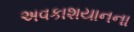
અવકાશયાનના